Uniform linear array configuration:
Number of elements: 32
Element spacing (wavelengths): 0.25
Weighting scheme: cosine
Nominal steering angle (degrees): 60
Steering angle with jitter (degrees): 59.025
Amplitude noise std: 0.05
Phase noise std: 0.05

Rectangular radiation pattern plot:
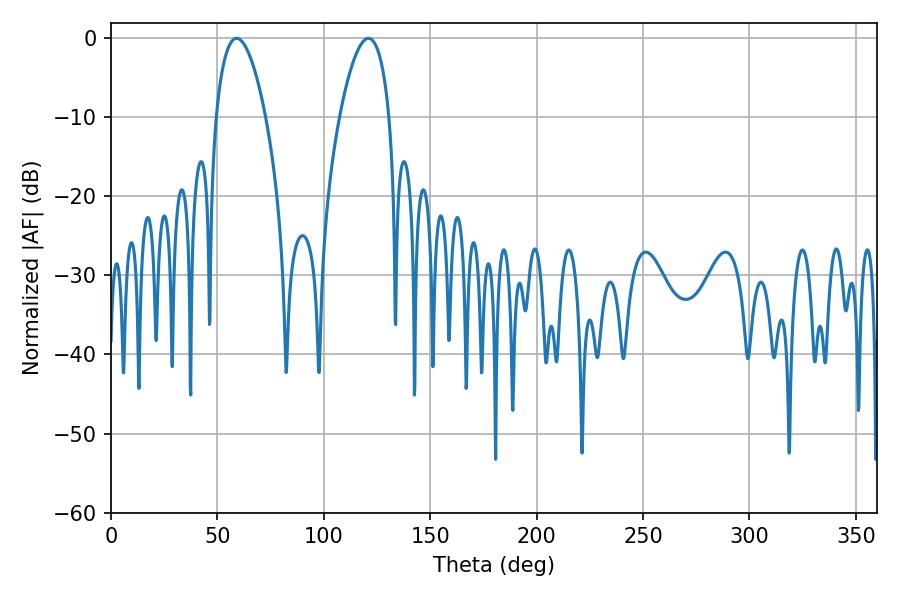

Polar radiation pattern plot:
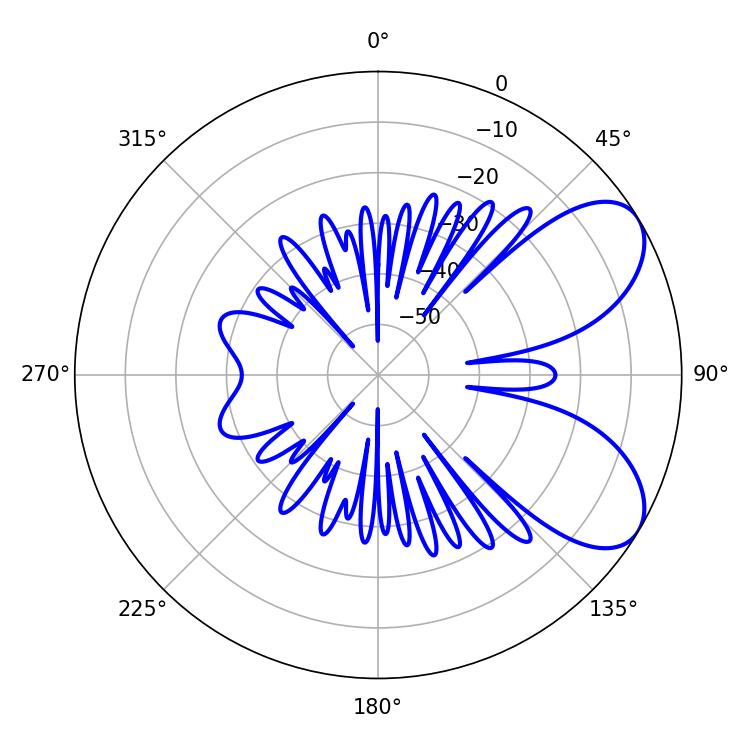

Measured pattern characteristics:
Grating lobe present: FALSE
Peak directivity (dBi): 6.793
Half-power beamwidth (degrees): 13.14
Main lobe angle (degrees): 59.04